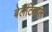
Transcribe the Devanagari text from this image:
बेलॅटिव्हल